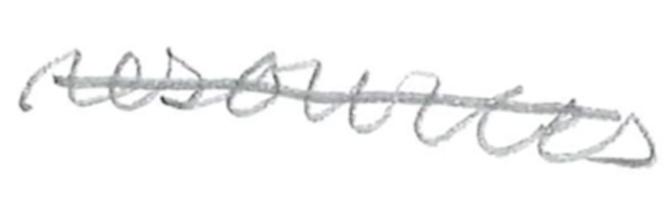
Text: resources
Cross-out: single-line
Writing tool: pencil